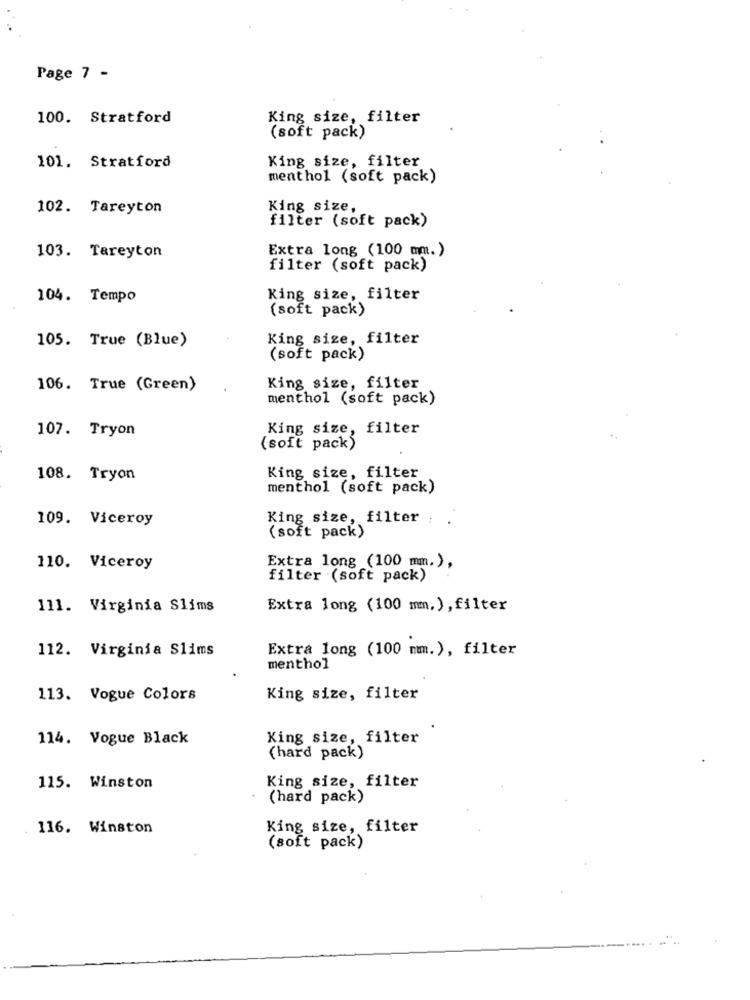
Page 7 -
100. Stratford
King size, filter
(soft pack)
King size, filter
101. Stratford
menthol (soft pack)
102. Tareyton
King size,
filter (soft pack)
Extra long (100 mm.)
103. Tareyton
filter (soft pack)
104. Tempo
King size, filter
(soft pack)
105. True (Blue)
King size, filter
(soft pack)
106. True (Green)
King size, filter
menthol (soft pack)
107. Tryon
King size, filter
(soft pack)
108. Tryon
King size, filter
menthol (soft pack)
109. Viceroy
King size, filter :
(soft pack)
110. Viceroy
Extra long (100 mm.),
filter (soft pack)
111. Virginia Slims
Extra long (100 mm.), filter
112. Virginia Slims
Extra long (100 mm.), filter
menthol
113. Vogue Colors
King size, filter
114. Vogue Black
King size, filter
(hard pack)
King size, filter
115. Winston
(hard pack)
116. Winston
King size, filter
(soft pack)